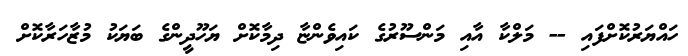
ހައްޔަރުކޮށްފައި -- މަލްކާ އާއި މަންސޫރުގެ ކައިވެންޏާ ދިމާކޮށް ޔަހޫދީންގެ ބަޔަކު މުޒާހަރާކޮށް